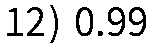
12) 0.99